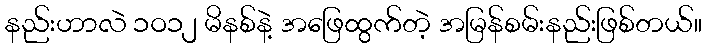
နည်းဟာလဲ ၁ဝ၁၂ မိနစ်နဲ့ အဖြေထွက်တဲ့ အမြန်စမ်းနည်းဖြစ်တယ်။